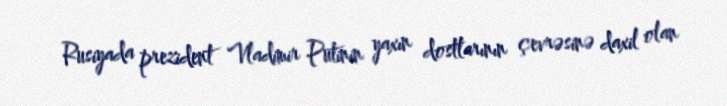
Rusiyada prezident Vladimir Putinin yaxın dostlarının çevrəsinə daxil olan